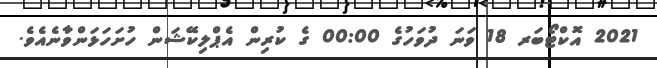
2021 އޮކްޓޯބަރ 18 ވަނަ ދުވަހުގެ 00:00 ގެ ކުރިން އެޕްލިކޭޝަން ހުށަހަޅަންވާނެއެވެ.